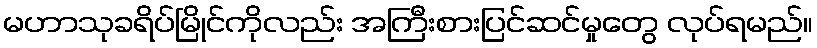
မဟာသုခရိပ်မြိုင်ကိုလည်း အကြီးစားပြင်ဆင်မှုတွေ လုပ်ရမည်။